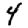
Digit: 4